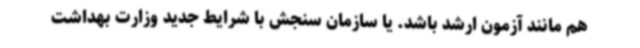
هم مانند آزمون ارشد باشد. یا سازمان سنجش با شرایط جدید وزارت بهداشت